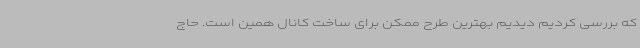
که بررسی کردیم دیدیم بهترین طرح ممکن برای ساخت کانال همین است. حاج